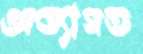
অভ্যাগত